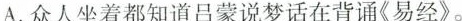
A.众人坐着都知道吕蒙说梦话在背诵《易经》。